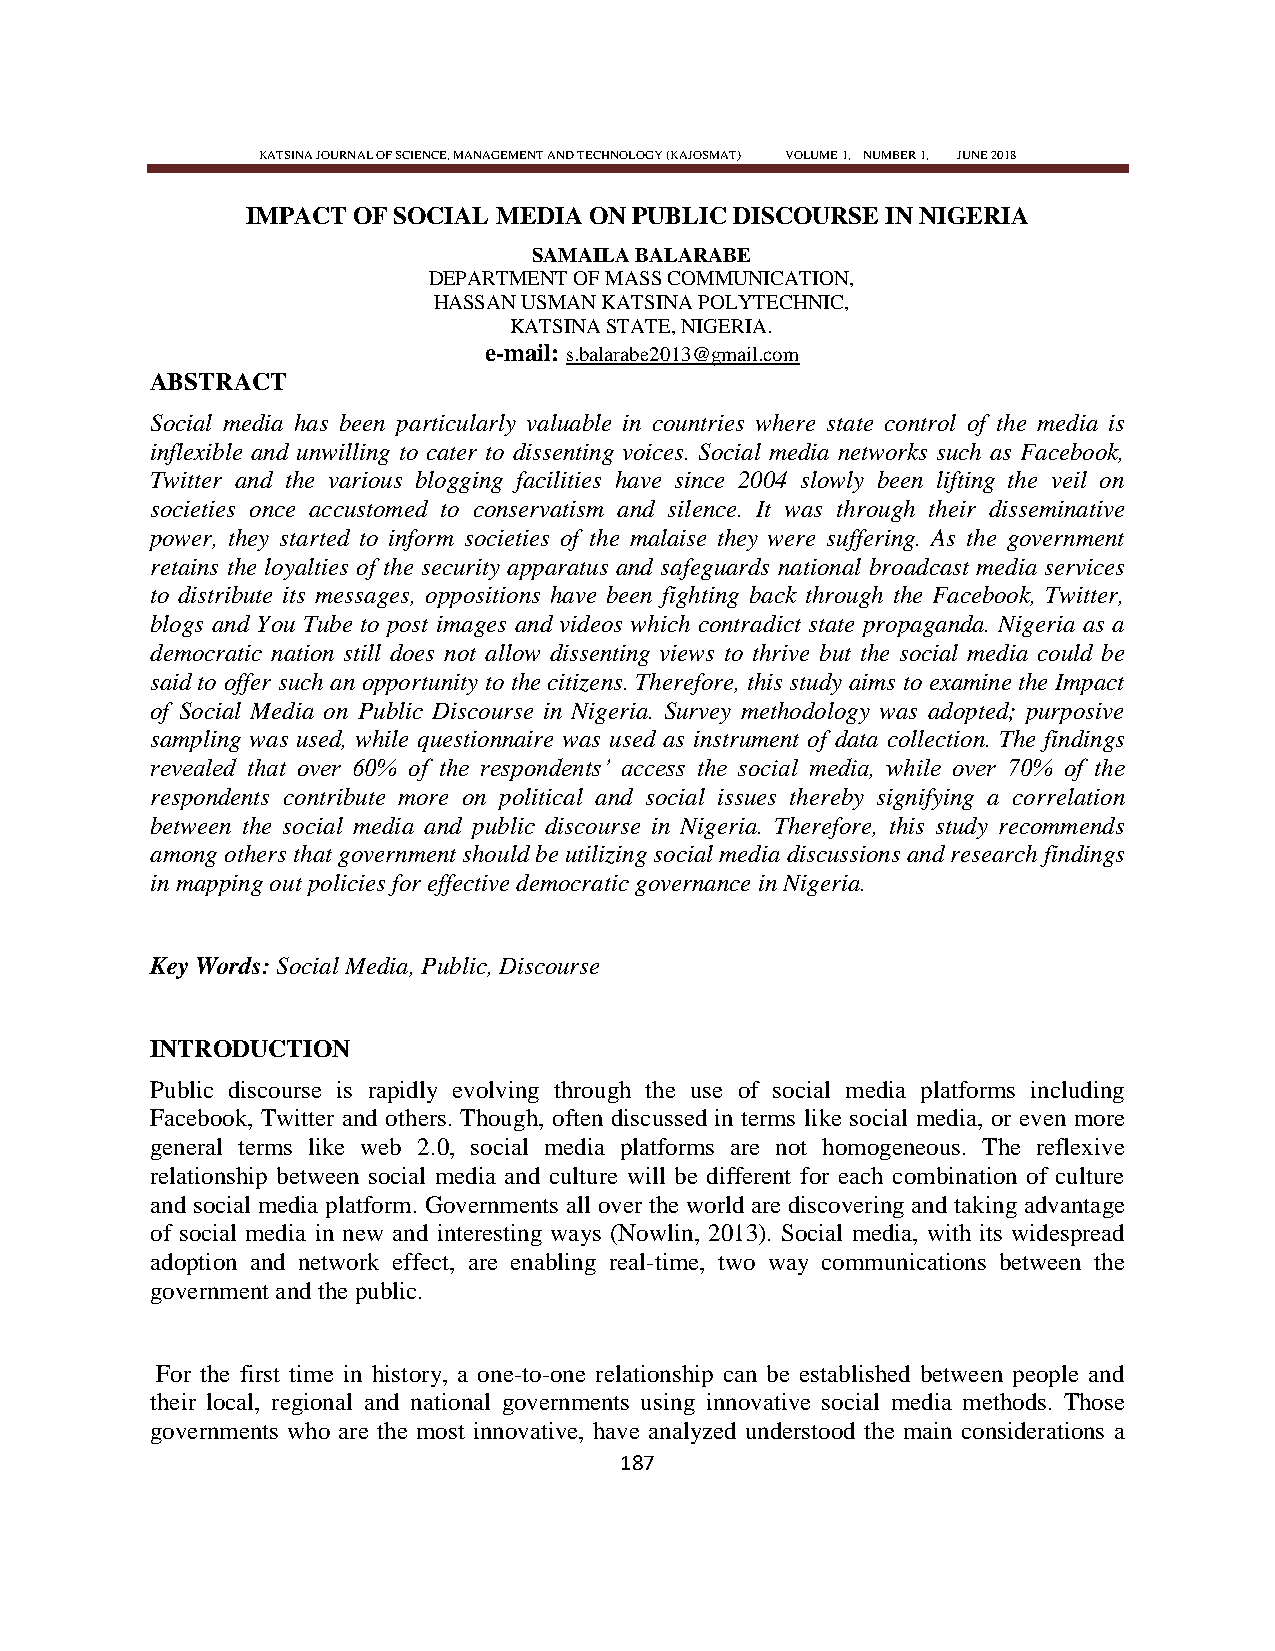
KATSINA JOURNAL OF SCIENCE, MANAGEMENT AND TECHNOLOGY (KAJOSMAT) VOLUME 1, NUMBER 1, JUNE 2018
 IMPACT OF SOCIAL MEDIA ON PUBLIC DISCOURSE IN NIGERIA
 SAMAILA BALARABE
 DEPARTMENT OF MASS COMMUNICATION,
 HASSAN USMAN KATSINA POLYTECHNIC,
 KATSINA STATE, NIGERIA.
 e-mail: s.balarabe2013@gmail.com
 ABSTRACT
 Social media has been particularly valuable in countries where state control of the media is
 inflexible and unwilling to cater to dissenting voices. Social media networks such as Facebook,
 Twitter and the various blogging facilities have since 2004 slowly been lifting the veil on
 societies once accustomed to conservatism and silence. It was through their disseminative
 power, they started to inform societies of the malaise they were suffering. As the government
 retains the loyalties of the security apparatus and safeguards national broadcast media services
 to distribute its messages, oppositions have been fighting back through the Facebook, Twitter,
 blogs and You Tube to post images and videos which contradict state propaganda. Nigeria as a
 democratic nation still does not allow dissenting views to thrive but the social media could be
 said to offer such an opportunity to the citizens. Therefore, this study aims to examine the Impact
 of Social Media on Public Discourse in Nigeria. Survey methodology was adopted; purposive
 sampling was used, while questionnaire was used as instrument of data collection. The findings
 revealed that over 60% of the respondents‘ access the social media, while over 70% of the
 respondents contribute more on political and social issues thereby signifying a correlation
 between the social media and public discourse in Nigeria. Therefore, this study recommends
 among others that government should be utilizing social media discussions and research findings
 in mapping out policies for effective democratic governance in Nigeria.
 Key Words: Social Media, Public, Discourse
 INTRODUCTION
 Public discourse is rapidly evolving through the use of social media platforms including
 Facebook, Twitter and others. Though, often discussed in terms like social media, or even more
 general terms like web 2.0, social media platforms are not homogeneous. The reflexive
 relationship between social media and culture will be different for each combination of culture
 and social media platform. Governments all over the world are discovering and taking advantage
 of social media in new and interesting ways (Nowlin, 2013). Social media, with its widespread
 adoption and network effect, are enabling real-time, two way communications between the
 government and the public.
 For the first time in history, a one-to-one relationship can be established between people and
 their local, regional and national governments using innovative social media methods. Those
 governments who are the most innovative, have analyzed understood the main considerations a
 187